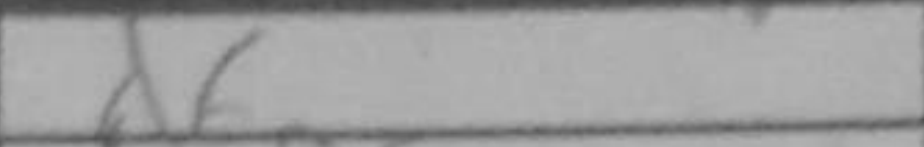
Transcription: d6